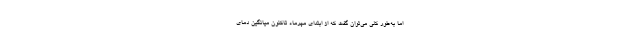
اما به‌طور کلی می‌توان گفت که از ابتدای مهرماه تاکنون میانگین دمای